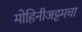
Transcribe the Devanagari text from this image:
मोहिनीअट्टमचा